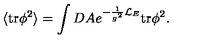
\langle \mathrm { t r } \phi ^ { 2 } \rangle = \int D A e ^ { - \frac { 1 } { g ^ { 2 } } { \cal L } _ { E } } \mathrm { t r } \phi ^ { 2 } .